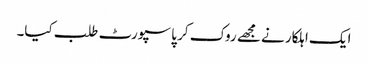
ایک اہلکار نے مجھے روک کر پاسپورٹ طلب کیا۔